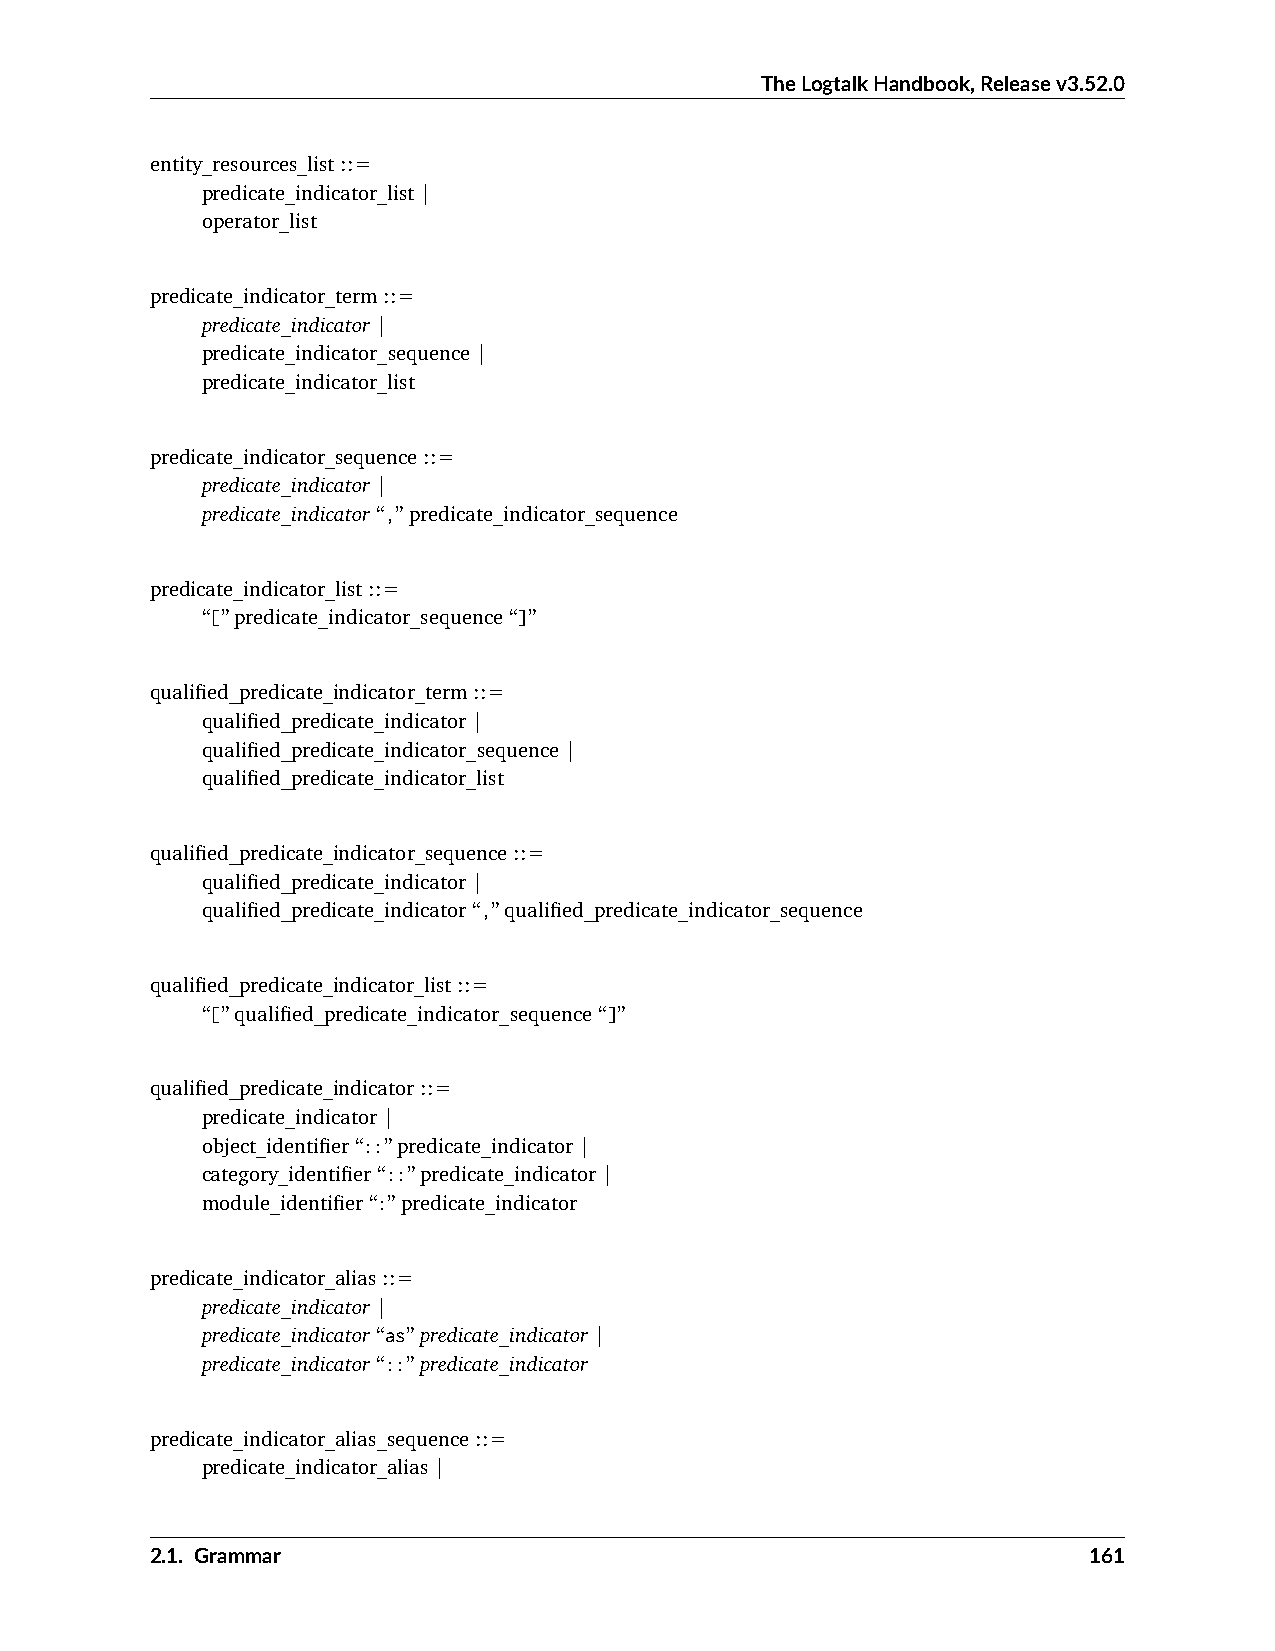
TheLogtalkHandbook,Releasev3.52.0
 entity_resources_list::=
 predicate_indicator_list|
 operator_list
 predicate_indicator_term::=
 predicate_indicator|
 predicate_indicator_sequence|
 predicate_indicator_list
 predicate_indicator_sequence::=
 predicate_indicator|
 predicate_indicator“,”predicate_indicator_sequence
 predicate_indicator_list::=
 “[”predicate_indicator_sequence“]”
 qualified_predicate_indicator_term::=
 qualified_predicate_indicator|
 qualified_predicate_indicator_sequence|
 qualified_predicate_indicator_list
 qualified_predicate_indicator_sequence::=
 qualified_predicate_indicator|
 qualified_predicate_indicator“,”qualified_predicate_indicator_sequence
 qualified_predicate_indicator_list::=
 “[”qualified_predicate_indicator_sequence“]”
 qualified_predicate_indicator::=
 predicate_indicator|
 object_identifier“::”predicate_indicator|
 category_identifier“::”predicate_indicator|
 module_identifier“:”predicate_indicator
 predicate_indicator_alias::=
 predicate_indicator|
 predicate_indicator“as”predicate_indicator|
 predicate_indicator“::”predicate_indicator
 predicate_indicator_alias_sequence::=
 predicate_indicator_alias|
 2.1. Grammar                                                  161